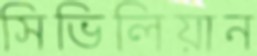
সিভিলিয়ান